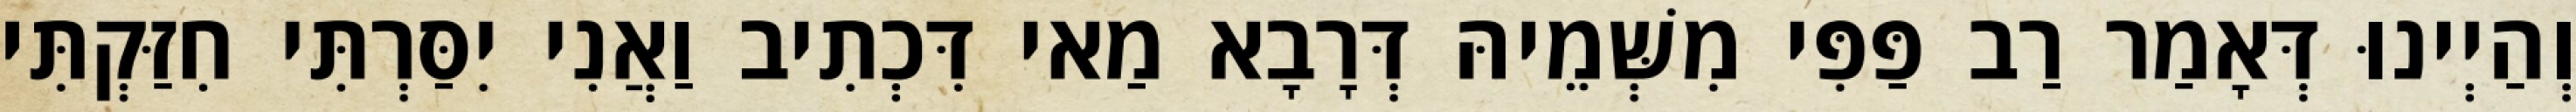
וְהַיְינוּ דְּאָמַר רַב פַּפִּי מִשְּׁמֵיהּ דְּרָבָא מַאי דִּכְתִיב וַאֲנִי יִסַּרְתִּי חִזַּקְתִּי